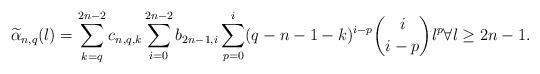
LaTeX: \begin{align*}\widetilde{\alpha}_{n,q}(l)= \sum_{k=q}^{2n-2} c_{n,q,k} \sum_{i=0}^{2n-2}b_{2n-1,i}\sum_{p=0}^i(q-n-1-k)^{i-p} \binom{i}{i-p} l^p \forall l\geq 2n-1.\end{align*}